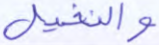
والنخيل